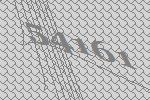
54161